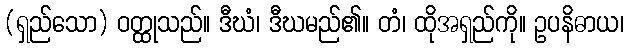
(ရှည်သော) ဝတ္ထုသည်။ ဒီဃံ၊ ဒီဃမည်၏။ တံ၊ ထိုအရှည်ကို။ ဥပနိဓာယ၊